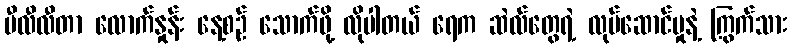
မီလီလီတာ လောက်နှုန်း နေ့စဉ် သောက်ဖို့ လိုပါတယ် ရေက ဆဲလ်တွေရဲ့ လုပ်ဆောင်မှုနဲ့ ကြွက်သား